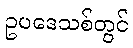
ဥပဒေသစ်တွင်